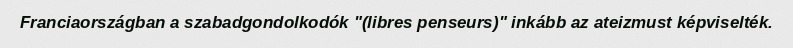
Franciaországban a szabadgondolkodók "(libres penseurs)" inkább az ateizmust képviselték.